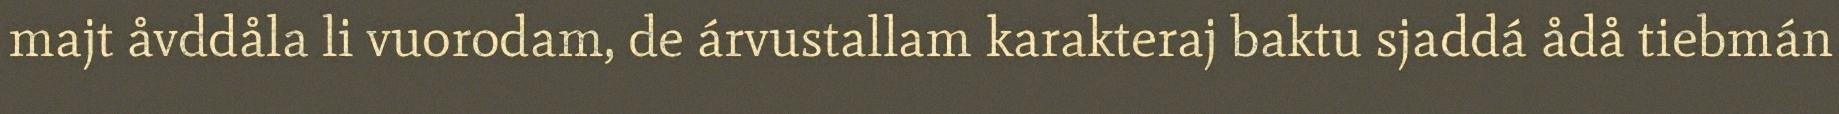
majt åvddåla li vuorodam, de árvustallam karakteraj baktu sjaddá ådå tiebmán